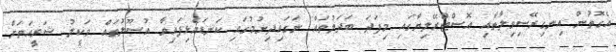
އެގޮތުން އިނގިރޭސިވިލާތާއި އޮސްޓްރޭލިޔާގައި މިފަދަ ބަދަލުތައް ނަގައިދިނުމުގައި ކަނޑައެޅިފައިވާ އުސޫލުތައް ވަކީލު ޝަރީއަތަށް